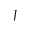
J